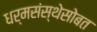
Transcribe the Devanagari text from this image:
धर्मसंस्थेसोबत